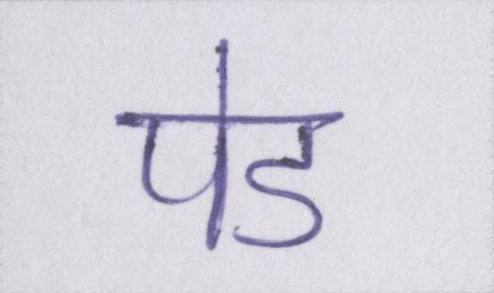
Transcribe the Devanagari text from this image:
पेड